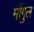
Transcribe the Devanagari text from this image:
मोंगुल